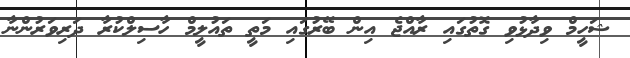
ޝަހީމް ވިދާޅުވި ގޮތުގައި ރާއްޖެ އިން ބޭރުގައި މަތީ ތައުލީމް ހާސިލްކުރާ ދަރިވަރުންނާ